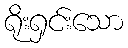
ရိုးရှင်းသော